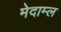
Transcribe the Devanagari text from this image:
मेदाम्ल